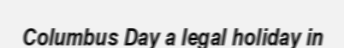
Columbus Day a legal holiday in